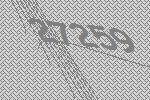
27259